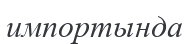
импортында